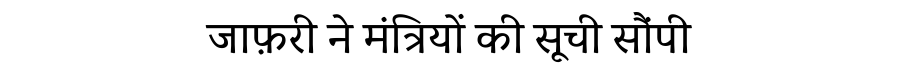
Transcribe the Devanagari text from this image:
जाफ़री ने मंत्रियों की सूची सौंपी